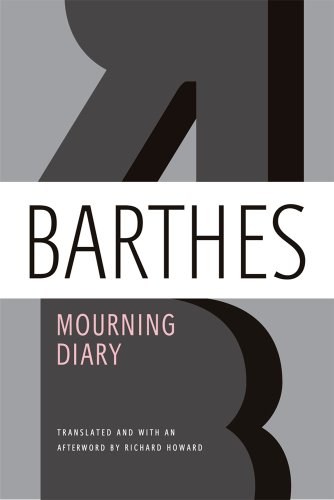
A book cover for Mourning Diary; Roland Barthes; Literature & Fiction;